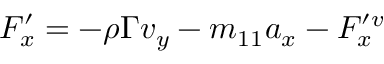
\begin{array} { r } { F _ { x } ^ { \prime } = - \rho \Gamma v _ { y } - m _ { 1 1 } a _ { x } - F _ { x } ^ { \prime v } } \end{array}